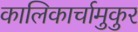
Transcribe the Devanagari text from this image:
कालिकार्चामुकुर